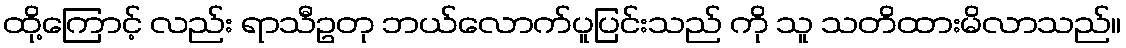
ထို့ကြောင့် လည်း ရာသီဥတု ဘယ်လောက်ပူပြင်းသည် ကို သူ သတိထားမိလာသည်။